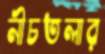
নীচতলার